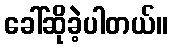
ခေါ်ဆိုခဲ့ပါတယ်။